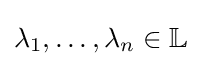
\lambda _{1},\ldots ,\lambda _{n}\in \mathbb {L}